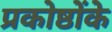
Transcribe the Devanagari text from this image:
प्रकोष्ठोंके